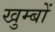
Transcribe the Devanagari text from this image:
खुम्बों